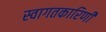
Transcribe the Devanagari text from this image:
स्वागतकारिणी